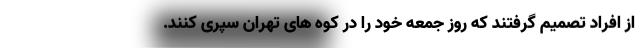
از افراد تصمیم گرفتند که روز جمعه خود را در کوه های تهران سپری کنند.